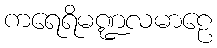
ကရေရိမဏ္ဍလမာဠေ